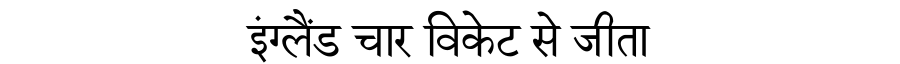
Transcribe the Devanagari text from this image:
इंग्लैंड चार विकेट से जीता